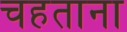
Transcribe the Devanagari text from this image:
चहताना